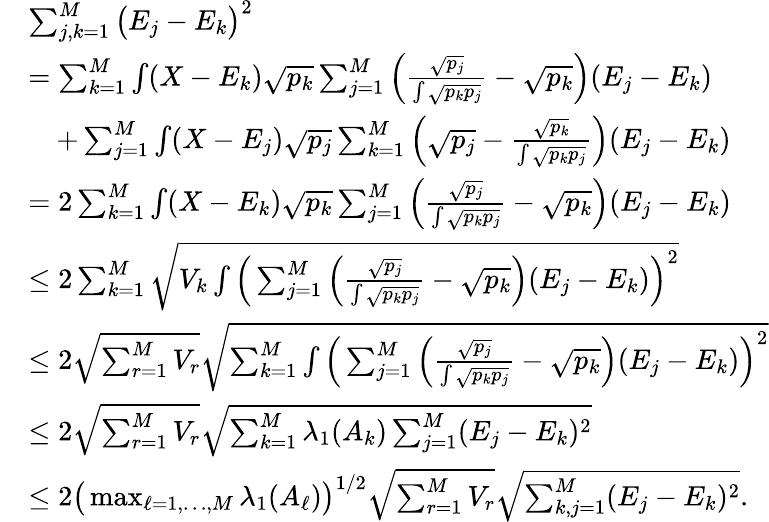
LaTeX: \begin{array}{rl}&{\sum_{j,k=1}^{M}\big(E_{j}-E_{k}\big)^{2}}\\ &{=\sum_{k=1}^{M}\int(X-E_{k})\sqrt{p_{k}}\sum_{j=1}^{M}\Big(\frac{\sqrt{p_{j}}}{\int\sqrt{p_{k}p_{j}}}-\sqrt{p_{k}}\Big)(E_{j}-E_{k})}\\ &{\quad+\sum_{j=1}^{M}\int(X-E_{j})\sqrt{p_{j}}\sum_{k=1}^{M}\Big(\sqrt{p_{j}}-\frac{\sqrt{p_{k}}}{\int\sqrt{p_{k}p_{j}}}\Big)(E_{j}-E_{k})}\\ &{=2\sum_{k=1}^{M}\int(X-E_{k})\sqrt{p_{k}}\sum_{j=1}^{M}\Big(\frac{\sqrt{p_{j}}}{\int\sqrt{p_{k}p_{j}}}-\sqrt{p_{k}}\Big)(E_{j}-E_{k})}\\ &{\leq 2\sum_{k=1}^{M}\sqrt{V_{k}\int\Big(\sum_{j=1}^{M}\Big(\frac{\sqrt{p_{j}}}{\int\sqrt{p_{k}p_{j}}}-\sqrt{p_{k}}\Big)(E_{j}-E_{k})\Big)^{2}}}\\ &{\leq 2\sqrt{\sum_{r=1}^{M}V_{r}}\sqrt{\sum_{k=1}^{M}\int\Big(\sum_{j=1}^{M}\Big(\frac{\sqrt{p_{j}}}{\int\sqrt{p_{k}p_{j}}}-\sqrt{p_{k}}\Big)(E_{j}-E_{k})\Big)^{2}}}\\ &{\leq 2\sqrt{\sum_{r=1}^{M}V_{r}}\sqrt{\sum_{k=1}^{M}\lambda_{1}(A_{k})\sum_{j=1}^{M}(E_{j}-E_{k})^{2}}}\\ &{\leq 2\big(\operatorname*{max}_{\ell=1,\ldots,M}\lambda_{1}(A_{\ell})\big)^{1/2}\sqrt{\sum_{r=1}^{M}V_{r}}\sqrt{\sum_{k,j=1}^{M}(E_{j}-E_{k})^{2}}.}\end{array}